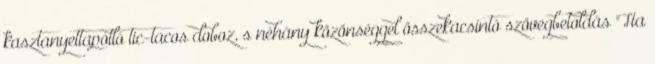
kasztanyettapótló tic-tacos doboz, s néhány közönséggel összekacsintó szövegbetoldás "Ha